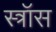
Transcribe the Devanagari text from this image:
स्त्रॉस